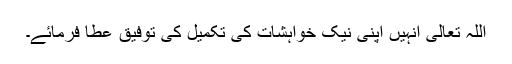
اللہ تعالیٰ انہیں اپنی نیک خواہشات کی تکمیل کی توفیق عطا فرمائے۔